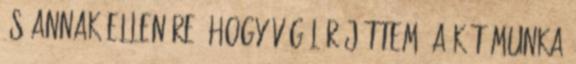
és annak ellenére, hogy végül rájöttem, a két munka